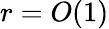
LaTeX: r=O(1)